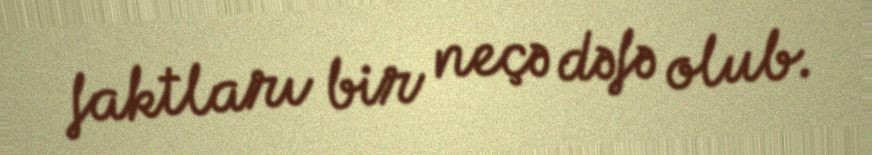
faktları bir neçə dəfə olub.